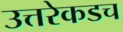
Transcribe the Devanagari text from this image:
उत्तरेकडच